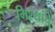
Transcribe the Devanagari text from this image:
मिश्यांचे